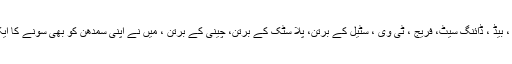
صوفہ سیٹ ، بیڈ ، ڈائنگ سیٹ، فریج ، ٹی وی ، سٹیل کے برتن، پلا سٹک کے برتن، چینی کے برتن ، میں نے اپنی سمدھن کو بھی سونے کا ایک سیٹ دیا ۔